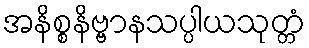
အနိစ္စနိဗ္ဗာနသပ္ပါယသုတ္တံ